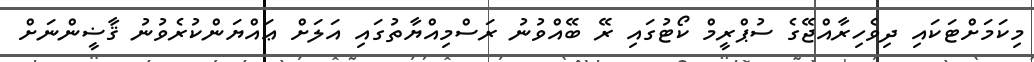
މިކަމަށްޓަކައި ދިވެހިރާއްޖޭގެ ސުޕްރީމް ކޯޓުގައި ރޭ ބޭއްވުނު ރަސްމިއްޔާތުގައި އަލަށް ޢައްޔަންކުރެވުނު ޤާޟީންނަށް